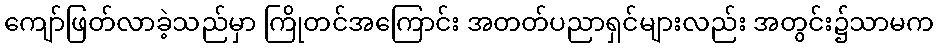
ကျော်ဖြတ်လာခဲ့သည်မှာ ကြိုတင်အကြောင်း အတတ်ပညာရှင်များလည်း အတွင်း၌သာမက